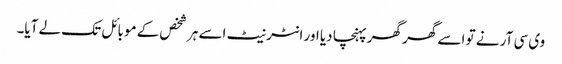
وی سی آر نے تو اسے گھر گھر پہنچا دیا اور انٹرنیٹ اسے ہر شخص کے موبائل تک لے آیا۔